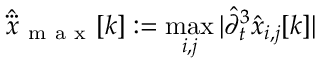
\hat { \dddot { x } } _ { \mathrm { ~ m ~ a ~ x ~ } } [ k ] : = \operatorname* { m a x } _ { i , j } | \hat { \partial } _ { t } ^ { 3 } \hat { x } _ { i , j } [ k ] |